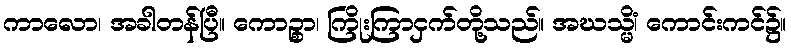
ကာလော၊ အခါတန်ပြီ။ ကောဉ္စာ၊ ကြိုးကြာငှက်တို့သည်။ အဃသ္မိံ၊ ကောင်းကင်၌။